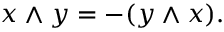
x \wedge y = - ( y \wedge x ) .